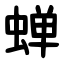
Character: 蝉